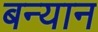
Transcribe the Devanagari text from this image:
बन्यान